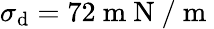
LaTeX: {{\sigma}_{\mathrm{d}}}=72\mathrm{{~m~N~/~m~}}